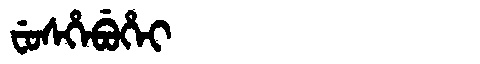
Manchu: ᠸᡠᠰᡥᡝᠪᡠᡥᡝᡳ
Romanization: FUSHEBUHEI